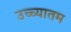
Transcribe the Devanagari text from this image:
उच्च्यातम